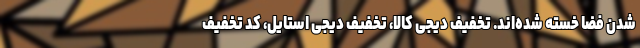
شدن فضا خسته شده‌اند. تخفیف دیجی کالا، تخفیف دیجی استایل، کد تخفیف